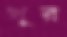
খুর